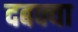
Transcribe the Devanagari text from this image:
दबक्या